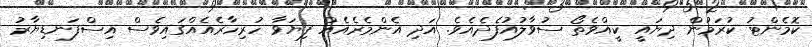
ކޮމެންޓު ކުރަމުން ދިޔައީ ކީއްވެތޯ ސުވާލުއުފެދެއެވެ. އަދި އެންމެރެއެއް ފިޔަވާ ހުރިހާރެއެއްގައިވެސް އިސްފަނޑިޔާރު